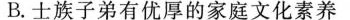
B.士族子弟有优厚的家庭文化素养